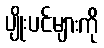
ပျိုးပင်များကို